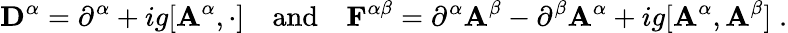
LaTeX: {\mathbf D}^{\alpha}=\partial^{\alpha}+ig[{\mathbf A}^{\alpha},\cdot]\quad\mathrm{{and}}\quad{\mathbf F}^{\alpha\beta}=\partial^{\alpha}{\mathbf A}^{\beta}-\partial^{\beta}{\mathbf A}^{\alpha}+ig[{\mathbf A}^{\alpha},{\mathbf A}^{\beta}]\; .